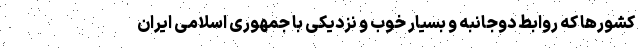
کشورها که روابط دوجانبه و بسیار خوب و نزدیکی با جمهوری اسلامی ایران